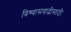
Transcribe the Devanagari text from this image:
विश्‍वासवाढीसाठी